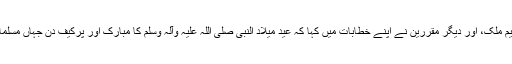
میلاد مارچ سے علامہ طارق حجازی، سیف اللہ صدوزئی، ذوالفقارعلی، عامرکریم ملک، اور دیگر مقررین نے اپنے خطابات میں کہا کہ عید میلاد النبی صلی اللہ علیہ وآلہ وسلم کا مبارک اور پرکیف دن جہاں مسلمانوں کیلئے خوشی اور مسرت کا باعث ہے وہا ں یہ تجدید عہد وفا کا دن بھی ہے۔